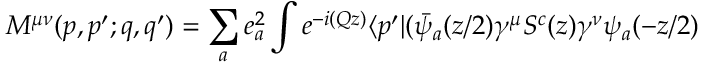
M ^ { \mu \nu } ( p , p ^ { \prime } ; q , q ^ { \prime } ) = \sum _ { a } e _ { a } ^ { 2 } \int e ^ { - i ( Q z ) } \langle p ^ { \prime } | ( \bar { \psi } _ { a } ( z / 2 ) \gamma ^ { \mu } S ^ { c } ( z ) \gamma ^ { \nu } \psi _ { a } ( - z / 2 )